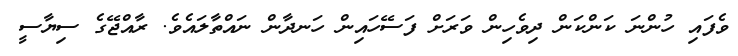
ވެފައި ހުންނަ ކަންކަން ދިވެހިން ވަރަށް ފަސޭހައިން ހަނދާން ނައްތާލައެވެ. ރާއްޖޭގެ ސިޔާސީ